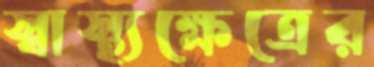
স্বাস্থ্যক্ষেত্রের